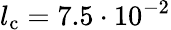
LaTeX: l_{\mathrm{c}}=7.5\cdot 10^{-2}